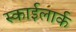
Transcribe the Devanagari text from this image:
स्काईलार्क